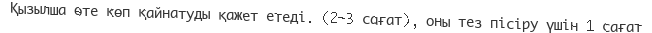
Қызылша өте көп қайнатуды қажет етеді. (2—3 сағат), оны тез пісіру үшін 1 сағат